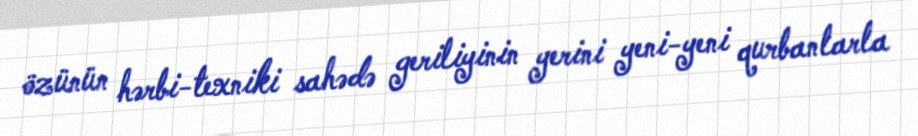
özünün hərbi-texniki sahədə geriliyinin yerini yeni-yeni qurbanlarla